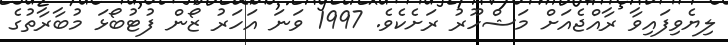
ލިޔެވިފައިވާ ރާއްޖެއަށް މަޝްހޫރު ރަށެކެވެ. 1997 ވަނަ އަހަރު ޒޯން ފުޓުބޯޅަ މުބާރާތުގެ